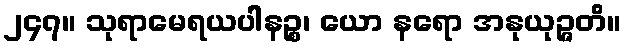
၂၄၇။ သုရာမေရယပါနဉ္စ၊ ယော နရော အနုယုဉ္ဇတိ။